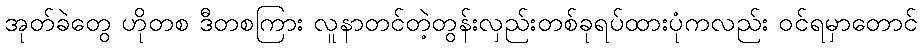
အုတ်ခဲတွေ ဟိုတစ ဒီတစကြား လူနာတင်တဲ့တွန်းလှည်းတစ်ခုရပ်ထားပုံကလည်း ဝင်ရမှာတောင်